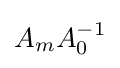
\textstyle A_{m}A_{0}^{-1}